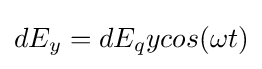
dE_{y}=dE_{q}ycos(\omega t)